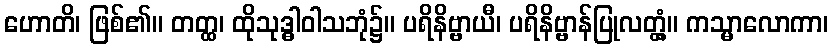
ဟောတိ၊ ဖြစ်၏။ တတ္ထ၊ ထိုသုဒ္ဓါဝါသဘုံ၌။ ပရိနိဗ္ဗာယီ၊ ပရိနိဗ္ဗာန်ပြုလတ္တံ့။ ကသ္မာလောကာ၊